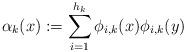
LaTeX: \begin{align*}\alpha_k(x):=\sum_{i=1}^{h_k}\phi_{i,k}(x)\phi_{i,k}(y)\end{align*}